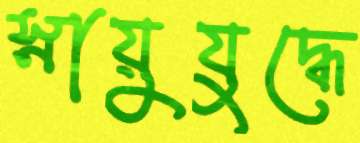
স্নায়ুযুদ্ধে